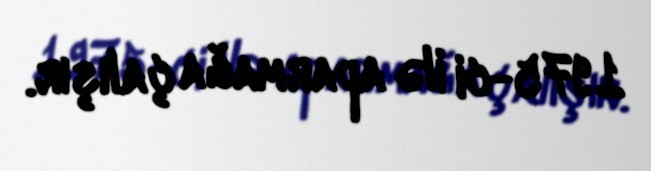
1975-ci ilə aparmağa çalışır.